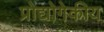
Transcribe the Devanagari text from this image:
प्रोद्योगेकीय